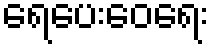
ရေပေးဝေရေး